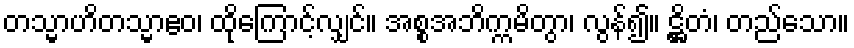
တသ္မာဟိတသ္မာဧဝ၊ ထိုကြောင့်လျှင်။ အစ္စအဘိက္ကမိတွာ၊ လွန်၍။ ဋ္ဌိတံ၊ တည်သော။